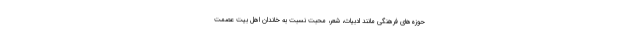
حوزه‌های فرهنگی مانند ادبیات، شعر، محبت نسبت به خاندان اهل بیت عصمت